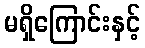
မရှိကြောင်းနှင့်